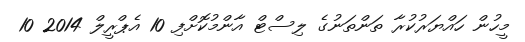
މީހުން ހައްޔަރުކުރާ ތަންތަނުގެ ލިސްޓް އާންމުކޮށްފި 10 އެޕްރީލް 2014 10